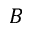
B